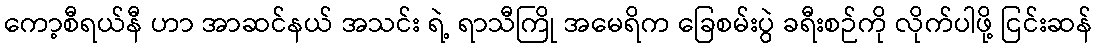
ကော့စီရယ်နီ ဟာ အာဆင်နယ် အသင်း ရဲ့ ရာသီကြို အမေရိက ခြေစမ်းပွဲ ခရီးစဉ်ကို လိုက်ပါဖို့ ငြင်းဆန်